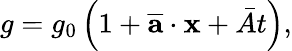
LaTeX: g=g_{0}\left(1+\overline{{\textbf{a}}}\cdot\textbf{x}+\bar{A}t\right),